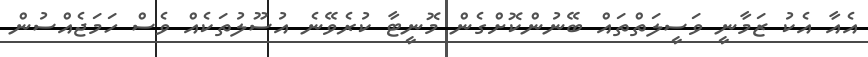
އެއާ އެކު ޒަމާނީ ވަސީލަތްތައް ބޭނުންކޮށްގެން މޮނީޓާ ކުރެވޭނެ އުސޫލުތަކެއް ވެސް ހަމަޖެއްސުން